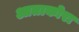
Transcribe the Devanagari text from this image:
आताकोरा